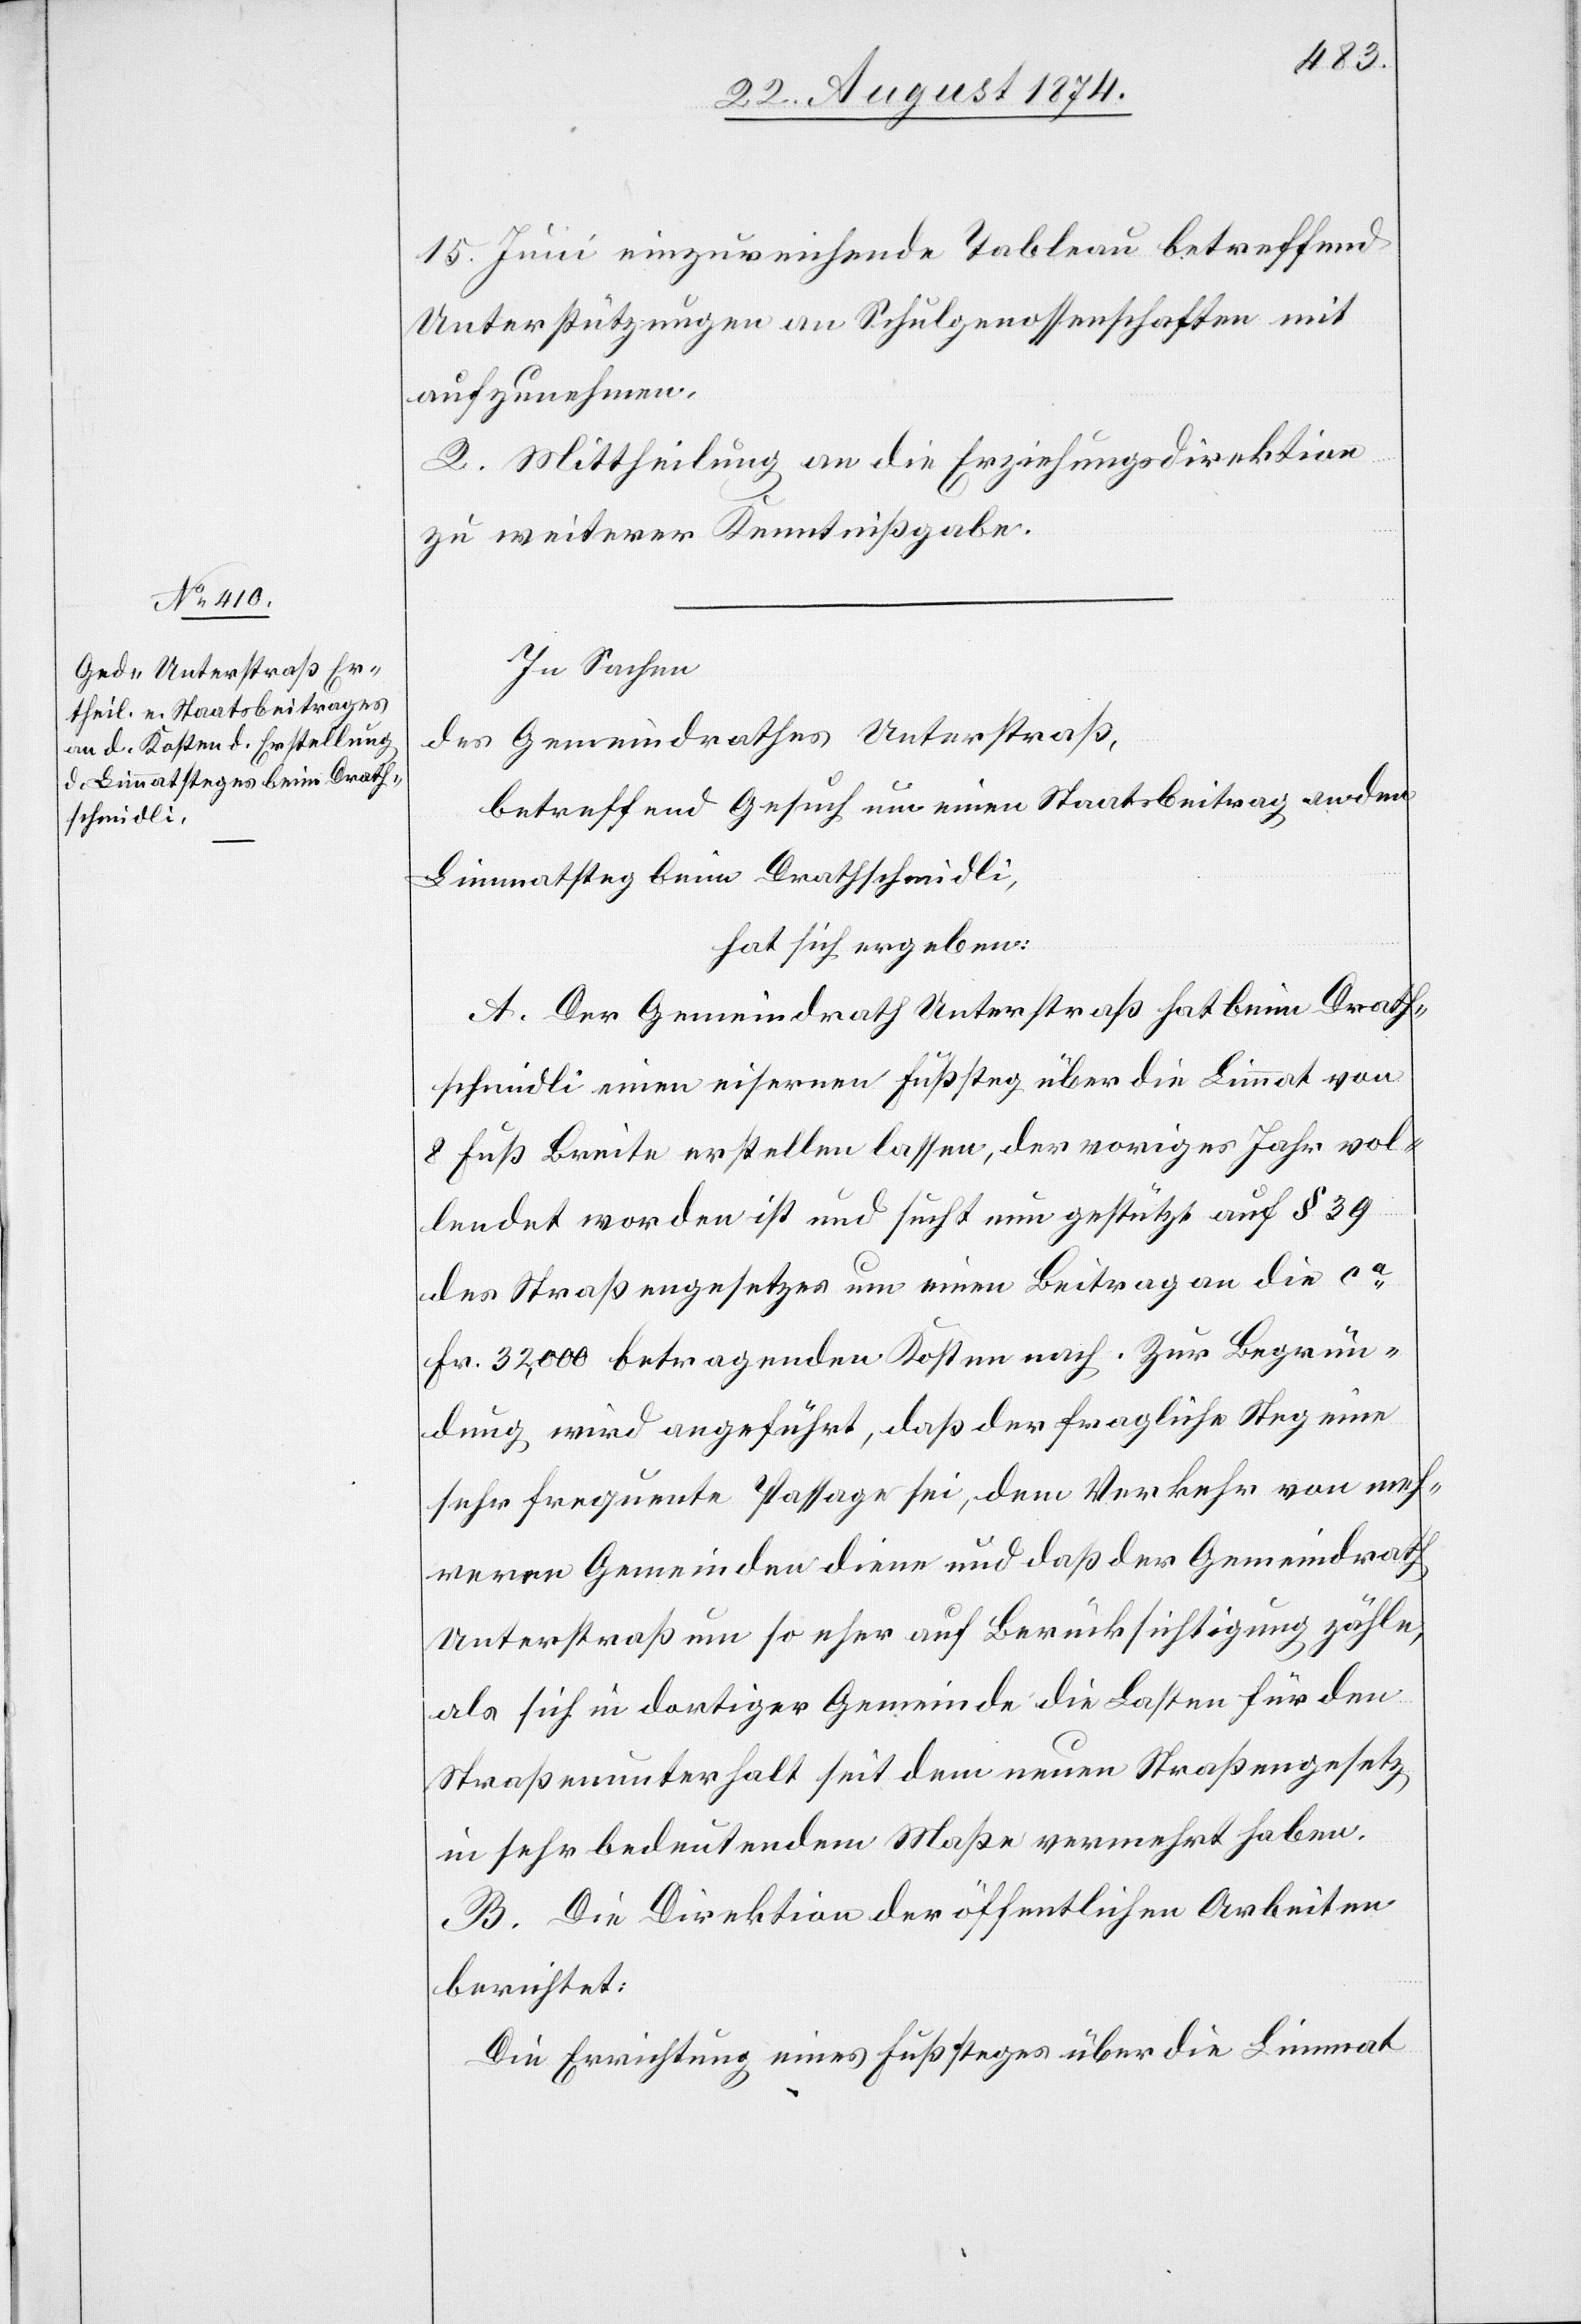
15. Juni einzureichende Tableau betreffend
Unterstützungen an Schulgenossenschaften mit
aufzunehmen.
2. Mittheilung an die Erziehungsdirektion
zu weiterer Kenntnißgabe.
In Sachen
des Gemeindrathes Unterstraß,
betreffend Gesuch um einen Staatsbeitrag an den
Limmathsteg beim Drathschmidli,
hat sich ergeben:
A. Der Gemeindrath Unterstraß hat beim Drath¬
schmidli einen eisernen Fußsteg über die Limmat von
8 Fuß Breite erstellen lassen, der voriges Jahr vol¬
lendet worden ist und sucht nun gestützt auf § 39
des Straßengesetzes um einen Beitrag an die ca
Fr. 32,000 betragenden Kosten nach. Zur Begrün¬
dungen wird angeführt, daß der fragliche Steg eine
sehr frequente Passage sei, dem Verkehr von meh¬
reren Gemeinden diene und daß der Gemeindrath
Unterstraß um so eher auf Berücksichtigung zähle,
als sich in dortiger Gemeinde die Lasten für den
Straßenunterhalt seit dem neuen Straßengesetz
in sehr bedeutendem Maße vermehrt haben.
B. Die Direktion der öffentlichen Arbeiten
berichtet:
Die Errichtung eines Fußsteges über die Limmat